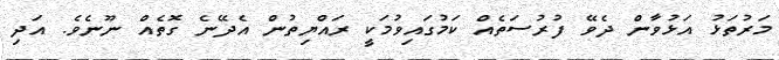
މަރުތަޅު އަޅުވާން ދެވޭ ފުރުސަތެއް ކަމުގައިވުމަކީ ރައްޔިތުން އެދޭނެ ގޮތެއް ނޫނެވެ. އަދި